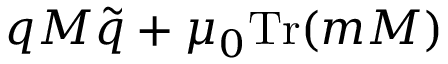
q M \tilde { q } + \mu _ { 0 } \mathrm { T r } ( m M )